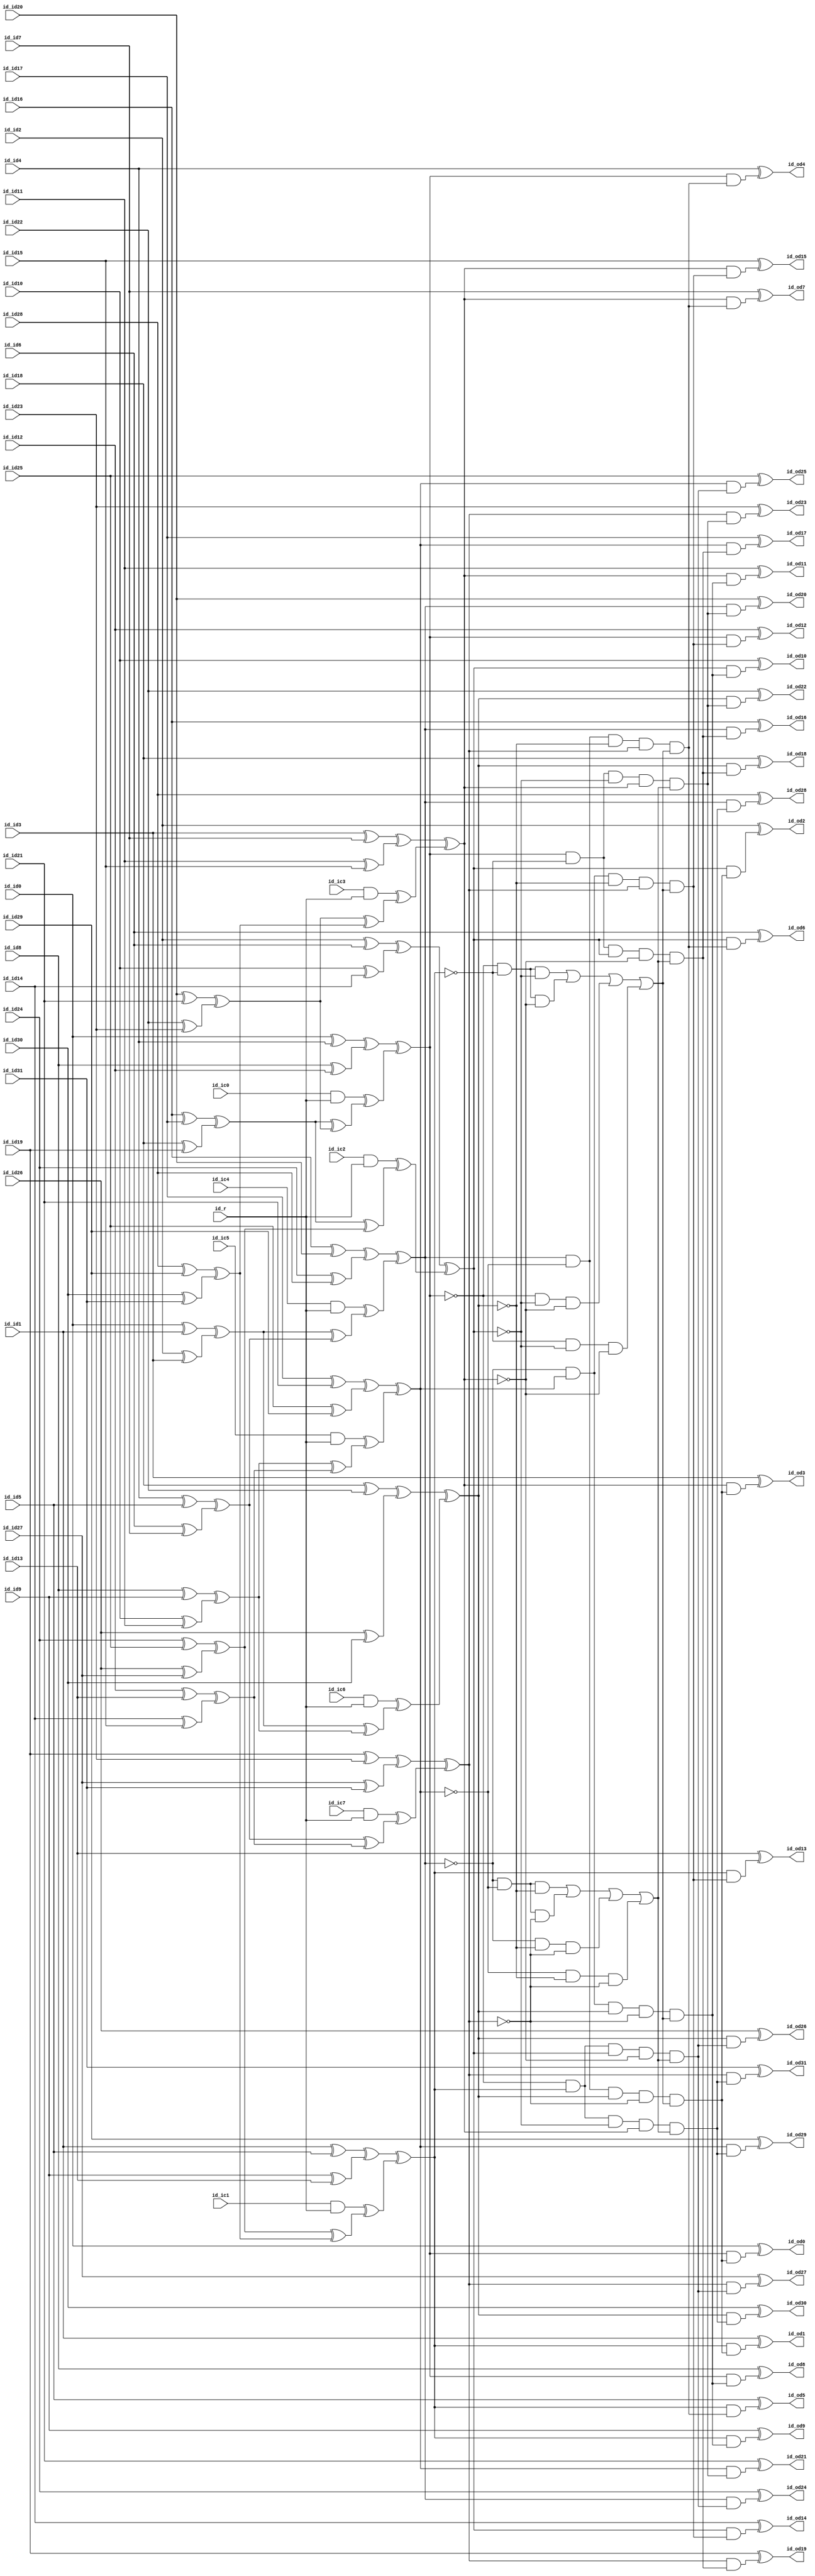
module c499nr
( id_id0 ,id_id1 ,id_id2 ,id_id3 ,id_id4 ,id_id5 ,id_id6 ,id_id7 ,id_id8 ,id_id9 ,id_id10 ,id_id11 ,id_id12 ,id_id13 ,id_id14 ,id_id15 ,id_id16 ,id_id17 ,id_id18 ,id_id19 ,id_id20 ,id_id21 ,id_id22 ,id_id23 ,id_id24 ,id_id25 ,id_id26 ,id_id27 ,id_id28 ,id_id29 ,id_id30 ,id_id31 ,id_ic0 ,id_ic1 ,id_ic2 ,id_ic3 ,id_ic4 ,id_ic5 ,id_ic6 ,id_ic7 ,id_r ,id_od0 ,id_od1 ,id_od2 ,id_od3 ,id_od4 ,id_od5 ,id_od6 ,id_od7 ,id_od8 ,id_od9 ,id_od10 ,id_od11 ,id_od12 ,id_od13 ,id_od14 ,id_od15 ,id_od16 ,id_od17 ,id_od18 ,id_od19 ,id_od20 ,id_od21 ,id_od22 ,id_od23 ,id_od24 ,id_od25 ,id_od26 ,id_od27 ,id_od28 ,id_od29 ,id_od30 ,id_od31  );

input id_id0, id_id1, id_id2, id_id3, id_id4, id_id5, id_id6, id_id7, id_id8, id_id9, id_id10, id_id11, id_id12, id_id13, id_id14, id_id15, id_id16, id_id17, id_id18, id_id19, id_id20, id_id21, id_id22, id_id23, id_id24, id_id25, id_id26, id_id27, id_id28, id_id29, id_id30, id_id31, id_ic0, id_ic1, id_ic2, id_ic3, id_ic4, id_ic5, id_ic6, id_ic7, id_r;

output id_od0, id_od1, id_od2, id_od3, id_od4, id_od5, id_od6, id_od7, id_od8, id_od9, id_od10, id_od11, id_od12, id_od13, id_od14, id_od15, id_od16, id_od17, id_od18, id_od19, id_od20, id_od21, id_od22, id_od23, id_od24, id_od25, id_od26, id_od27, id_od28, id_od29, id_od30, id_od31;

xor ( id_xa0, id_id0, id_id1);
xor ( id_xa1, id_id2, id_id3);
xor ( id_xa2, id_id4, id_id5);
xor ( id_xa3, id_id6, id_id7);
xor ( id_xa4, id_id8, id_id9);
xor ( id_xa5, id_id10, id_id11);
xor ( id_xa6, id_id12, id_id13);
xor ( id_xa7, id_id14, id_id15);
xor ( id_xa8, id_id16, id_id17);
xor ( id_xa9, id_id18, id_id19);
xor ( id_xa10, id_id20, id_id21);
xor ( id_xa11, id_id22, id_id23);
xor ( id_xa12, id_id24, id_id25);
xor ( id_xa13, id_id26, id_id27);
xor ( id_xa14, id_id28, id_id29);
xor ( id_xa15, id_id30, id_id31);
and ( id_h0, id_ic0, id_r);
and ( id_h1, id_ic1, id_r);
and ( id_h2, id_ic2, id_r);
and ( id_h3, id_ic3, id_r);
and ( id_h4, id_ic4, id_r);
and ( id_h5, id_ic5, id_r);
and ( id_h6, id_ic6, id_r);
and ( id_h7, id_ic7, id_r);
xor ( id_xb0, id_id0, id_id4);
xor ( id_xc0, id_id8, id_id12);
xor ( id_xb1, id_id1, id_id5);
xor ( id_xc1, id_id9, id_id13);
xor ( id_xb2, id_id2, id_id6);
xor ( id_xc2, id_id10, id_id14);
xor ( id_xb3, id_id3, id_id7);
xor ( id_xc3, id_id11, id_id15);
xor ( id_xb4, id_id16, id_id20);
xor ( id_xc4, id_id24, id_id28);
xor ( id_xb5, id_id17, id_id21);
xor ( id_xc5, id_id25, id_id29);
xor ( id_xb6, id_id18, id_id22);
xor ( id_xc6, id_id26, id_id30);
xor ( id_xb7, id_id19, id_id23);
xor ( id_xc7, id_id27, id_id31);
xor ( id_f0, id_xa0, id_xa1);
xor ( id_f1, id_xa2, id_xa3);
xor ( id_f2, id_xa4, id_xa5);
xor ( id_f3, id_xa6, id_xa7);
xor ( id_f4, id_xa8, id_xa9);
xor ( id_f5, id_xa10, id_xa11);
xor ( id_f6, id_xa12, id_xa13);
xor ( id_f7, id_xa14, id_xa15);
xor ( id_xe0, id_xb0, id_xc0);
xor ( id_xe1, id_xb1, id_xc1);
xor ( id_xe2, id_xb2, id_xc2);
xor ( id_xe3, id_xb3, id_xc3);
xor ( id_xe4, id_xb4, id_xc4);
xor ( id_xe5, id_xb5, id_xc5);
xor ( id_xe6, id_xb6, id_xc6);
xor ( id_xe7, id_xb7, id_xc7);
xor ( id_g0, id_f0, id_f1);
xor ( id_g1, id_f2, id_f3);
xor ( id_g2, id_f0, id_f2);
xor ( id_g3, id_f1, id_f3);
xor ( id_g4, id_f4, id_f5);
xor ( id_g5, id_f6, id_f7);
xor ( id_g6, id_f4, id_f6);
xor ( id_g7, id_f5, id_f7);
xor ( id_xd0, id_h0, id_g4);
xor ( id_xd1, id_h1, id_g5);
xor ( id_xd2, id_h2, id_g6);
xor ( id_xd3, id_h3, id_g7);
xor ( id_xd4, id_h4, id_g0);
xor ( id_xd5, id_h5, id_g1);
xor ( id_xd6, id_h6, id_g2);
xor ( id_xd7, id_h7, id_g3);
xor ( id_s0, id_xe0, id_xd0);
xor ( id_s1, id_xe1, id_xd1);
xor ( id_s2, id_xe2, id_xd2);
xor ( id_s3, id_xe3, id_xd3);
xor ( id_s4, id_xe4, id_xd4);
xor ( id_s5, id_xe5, id_xd5);
xor ( id_s6, id_xe6, id_xd6);
xor ( id_s7, id_xe7, id_xd7);
not ( id_y0a, id_s0);
not ( id_y1a, id_s1);
not ( id_y2a, id_s2);
not ( id_y0b, id_s0);
not ( id_y1b, id_s1);
not ( id_y3b, id_s3);
not ( id_y0c, id_s0);
not ( id_y2c, id_s2);
not ( id_y3c, id_s3);
not ( id_y1d, id_s1);
not ( id_y2d, id_s2);
not ( id_y3d, id_s3);
not ( id_y5i, id_s5);
not ( id_y7i, id_s7);
not ( id_y5j, id_s5);
not ( id_y6j, id_s6);
not ( id_y4k, id_s4);
not ( id_y7k, id_s7);
not ( id_y4l, id_s4);
not ( id_y6l, id_s6);
not ( id_y4a, id_s4);
not ( id_y5a, id_s5);
not ( id_y6a, id_s6);
not ( id_y4b, id_s4);
not ( id_y5b, id_s5);
not ( id_y7b, id_s7);
not ( id_y4c, id_s4);
not ( id_y6c, id_s6);
not ( id_y7c, id_s7);
not ( id_y5d, id_s5);
not ( id_y6d, id_s6);
not ( id_y7d, id_s7);
not ( id_y1i, id_s1);
not ( id_y3i, id_s3);
not ( id_y1j, id_s1);
not ( id_y2j, id_s2);
not ( id_y0k, id_s0);
not ( id_y3k, id_s3);
not ( id_y0l, id_s0);
not ( id_y2l, id_s2);
and ( id_t0, id_y0a, id_y1a, id_y2a);
and ( id_t1, id_y0b, id_y1b, id_y3b);
and ( id_t2, id_y0c, id_y2c, id_y3c);
and ( id_t3, id_y1d, id_y2d, id_y3d);
and ( id_t4, id_y4a, id_y5a, id_y6a);
and ( id_t5, id_y4b, id_y5b, id_y7b);
and ( id_t6, id_y4c, id_y6c, id_y7c);
and ( id_t7, id_y5d, id_y6d, id_y7d);
or ( id_u0, id_t0, id_t1, id_t2, id_t3);
or ( id_u1, id_t4, id_t5, id_t6, id_t7);
and ( id_wa, id_s4, id_y5i, id_s6, id_y7i, id_u0);
and ( id_wb, id_s4, id_y5j, id_y6j, id_s7, id_u0);
and ( id_wc, id_y4k, id_s5, id_s6, id_y7k, id_u0);
and ( id_wd, id_y4l, id_s5, id_y6l, id_s7, id_u0);
and ( id_we, id_s0, id_y1i, id_s2, id_y3i, id_u1);
and ( id_wf, id_s0, id_y1j, id_y2j, id_s3, id_u1);
and ( id_wg, id_y0k, id_s1, id_s2, id_y3k, id_u1);
and ( id_wh, id_y0l, id_s1, id_y2l, id_s3, id_u1);
and ( id_e0, id_s0, id_wa);
and ( id_e1, id_s1, id_wa);
and ( id_e2, id_s2, id_wa);
and ( id_e3, id_s3, id_wa);
and ( id_e4, id_s0, id_wb);
and ( id_e5, id_s1, id_wb);
and ( id_e6, id_s2, id_wb);
and ( id_e7, id_s3, id_wb);
and ( id_e8, id_s0, id_wc);
and ( id_e9, id_s1, id_wc);
and ( id_e10, id_s2, id_wc);
and ( id_e11, id_s3, id_wc);
and ( id_e12, id_s0, id_wd);
and ( id_e13, id_s1, id_wd);
and ( id_e14, id_s2, id_wd);
and ( id_e15, id_s3, id_wd);
and ( id_e16, id_s4, id_we);
and ( id_e17, id_s5, id_we);
and ( id_e18, id_s6, id_we);
and ( id_e19, id_s7, id_we);
and ( id_e20, id_s4, id_wf);
and ( id_e21, id_s5, id_wf);
and ( id_e22, id_s6, id_wf);
and ( id_e23, id_s7, id_wf);
and ( id_e24, id_s4, id_wg);
and ( id_e25, id_s5, id_wg);
and ( id_e26, id_s6, id_wg);
and ( id_e27, id_s7, id_wg);
and ( id_e28, id_s4, id_wh);
and ( id_e29, id_s5, id_wh);
and ( id_e30, id_s6, id_wh);
and ( id_e31, id_s7, id_wh);
xor ( id_od0, id_id0, id_e0);
xor ( id_od1, id_id1, id_e1);
xor ( id_od2, id_id2, id_e2);
xor ( id_od3, id_id3, id_e3);
xor ( id_od4, id_id4, id_e4);
xor ( id_od5, id_id5, id_e5);
xor ( id_od6, id_id6, id_e6);
xor ( id_od7, id_id7, id_e7);
xor ( id_od8, id_id8, id_e8);
xor ( id_od9, id_id9, id_e9);
xor ( id_od10, id_id10, id_e10);
xor ( id_od11, id_id11, id_e11);
xor ( id_od12, id_id12, id_e12);
xor ( id_od13, id_id13, id_e13);
xor ( id_od14, id_id14, id_e14);
xor ( id_od15, id_id15, id_e15);
xor ( id_od16, id_id16, id_e16);
xor ( id_od17, id_id17, id_e17);
xor ( id_od18, id_id18, id_e18);
xor ( id_od19, id_id19, id_e19);
xor ( id_od20, id_id20, id_e20);
xor ( id_od21, id_id21, id_e21);
xor ( id_od22, id_id22, id_e22);
xor ( id_od23, id_id23, id_e23);
xor ( id_od24, id_id24, id_e24);
xor ( id_od25, id_id25, id_e25);
xor ( id_od26, id_id26, id_e26);
xor ( id_od27, id_id27, id_e27);
xor ( id_od28, id_id28, id_e28);
xor ( id_od29, id_id29, id_e29);
xor ( id_od30, id_id30, id_e30);
xor ( id_od31, id_id31, id_e31);

endmodule